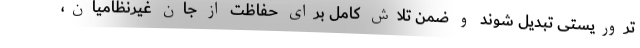
تروریستی تبدیل شوند و ضمن تلاش کامل برای حفاظت از جان غیرنظامیان،